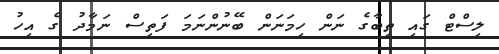
ލިސްޓް ގައި ތިބާގެ ނަން ހިމަނަން ބޭނުންނަމަ ފަތިސް ނަމާދު ގެ އިހު